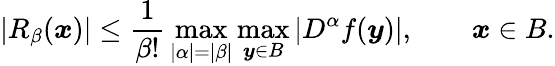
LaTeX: \left|R_{\beta}({\boldsymbol{x}})\right|\leq{\frac{1}{\beta!}}\operatorname*{max}_{|\alpha|=|\beta|}\operatorname*{max}_{{\boldsymbol{y}}\in B}|D^{\alpha}f({\boldsymbol{y}})|,\qquad{\boldsymbol{x}}\in B.